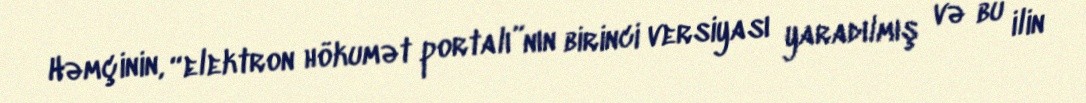
Həmçinin, “elektron hökumət portalı”nın birinci versiyası yaradılmış və bu ilin